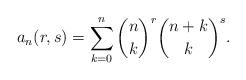
LaTeX: \begin{align*} a_n(r,s)=\sum_{k=0}^n {\binom nk}^r {\binom {n+k}k}^s .\end{align*}